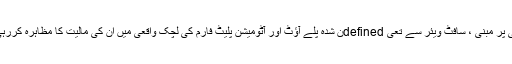
آئی پی پر مبنی ، سافٹ ویئر سے تعی definedن شدہ پلے آؤٹ اور آٹومیشن پلیٹ فارم کی لچک واقعی میں ان کی مالیت کا مظاہرہ کررہی ہے۔